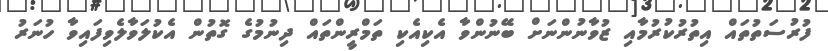
ފުރުސަތުތައް އިތުރުކުރުމާއި ޒުވާނުންނަށް ބޭނުންވާ އެކިއެކި ތަމްރީންތައް ދިނުމުގެ ގޮތުން އެކުލަވާލެވިފައިވާ ހުނަރު